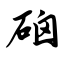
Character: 硇